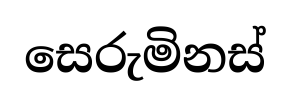
සෙරුමිනස්